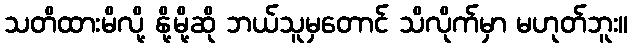
သတိထားမိလို့ နို့မို့ဆို ဘယ်သူမှတောင် သိလိုက်မှာ မဟုတ်ဘူး။